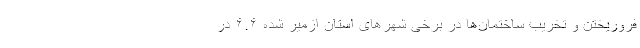
فروریختن و تخریب ساختمان‌ها در برخی شهر‌های استان ازمیر شده ۶.۶ در